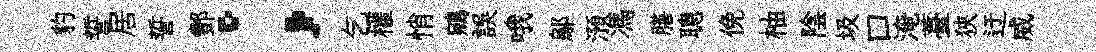
豹誓居誓酆；乞權悄鵷誤哦鄔澦馮膳聰俛柚陰圾口淹薹狹迂威